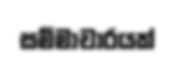
සම්මාචාරයක්